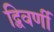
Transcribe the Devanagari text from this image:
द्विवर्णी